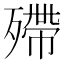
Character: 殢